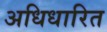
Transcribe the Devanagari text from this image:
अधिधारित